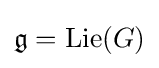
{\mathfrak {g}}=\operatorname {Lie} (G)